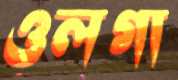
ওলগা